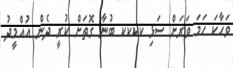
ވަހާކަ ހަަމަ ވަރަށް ސަޅި ކކކކ ބުނާ ގޮތަށް ކުރީ ދެން އުއްމީދު